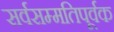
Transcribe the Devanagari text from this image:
सर्वसम्मतिपूर्वक